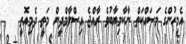
އެމީހުންގެ މަސައްކަތް ނާކާމިޔާބުވެ ރާއްޖެ އިސްލާމްދީން މަތީ ދެމިއޮތީ